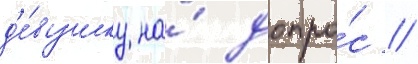
д'е́вушку на́ допро́с //